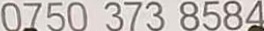
0750 373 8584